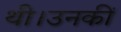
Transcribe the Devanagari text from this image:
थी।उनकीं